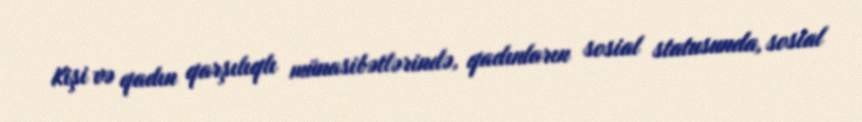
Kişi və qadın qarşılıqlı münasibətlərində, qadınların sosial statusunda, sosial